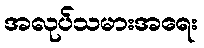
အလုပ်သမားအရေး